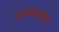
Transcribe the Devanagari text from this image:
पदपथावरील